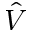
\hat { V }